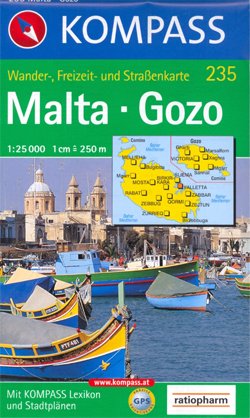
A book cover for Malta & Gozo 1:25,000 Contoured Hiking Map, GPS-compatible KOMPASS, 2012 edition; Kompass Verlag; Travel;